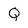
Character: Q